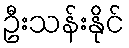
ဦးသန်းနိုင်